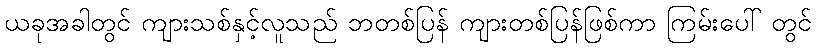
ယခုအခါတွင် ကျားသစ်နှင့်လူသည် ဘတစ်ပြန် ကျားတစ်ပြန်ဖြစ်ကာ ကြမ်းပေါ် တွင်